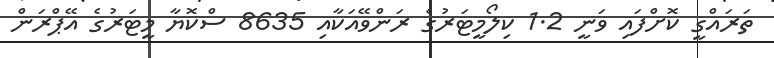
ތަރައްގީ ކޮށްފައި ވަނީ 1.2 ކިލޯމީޓަރުގެ ރަންވޭއަކާއި 8635 ސްކޮޔާ މީޓަރުގެ އޭޕްރަން